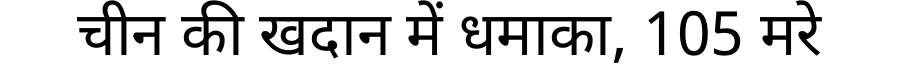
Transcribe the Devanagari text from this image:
चीन की खदान में धमाका, 105 मरे